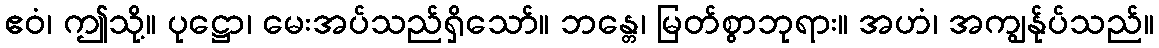
ဧဝံ၊ ဤသို့။ ပုဋ္ဌော၊ မေးအပ်သည်ရှိသော်။ ဘန္တေ၊ မြတ်စွာဘုရား။ အဟံ၊ အကျွန်ုပ်သည်။